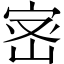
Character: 宻